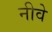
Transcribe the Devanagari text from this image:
नीवे